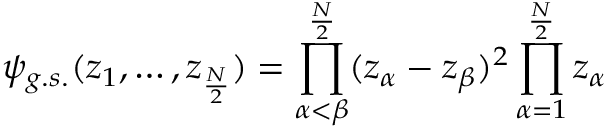
\psi _ { g . s . } ( z _ { 1 } , \ldots , z _ { \frac { N } { 2 } } ) = \prod _ { \alpha < \beta } ^ { \frac { N } { 2 } } ( z _ { \alpha } - z _ { \beta } ) ^ { 2 } \prod _ { \alpha = 1 } ^ { \frac { N } { 2 } } z _ { \alpha }